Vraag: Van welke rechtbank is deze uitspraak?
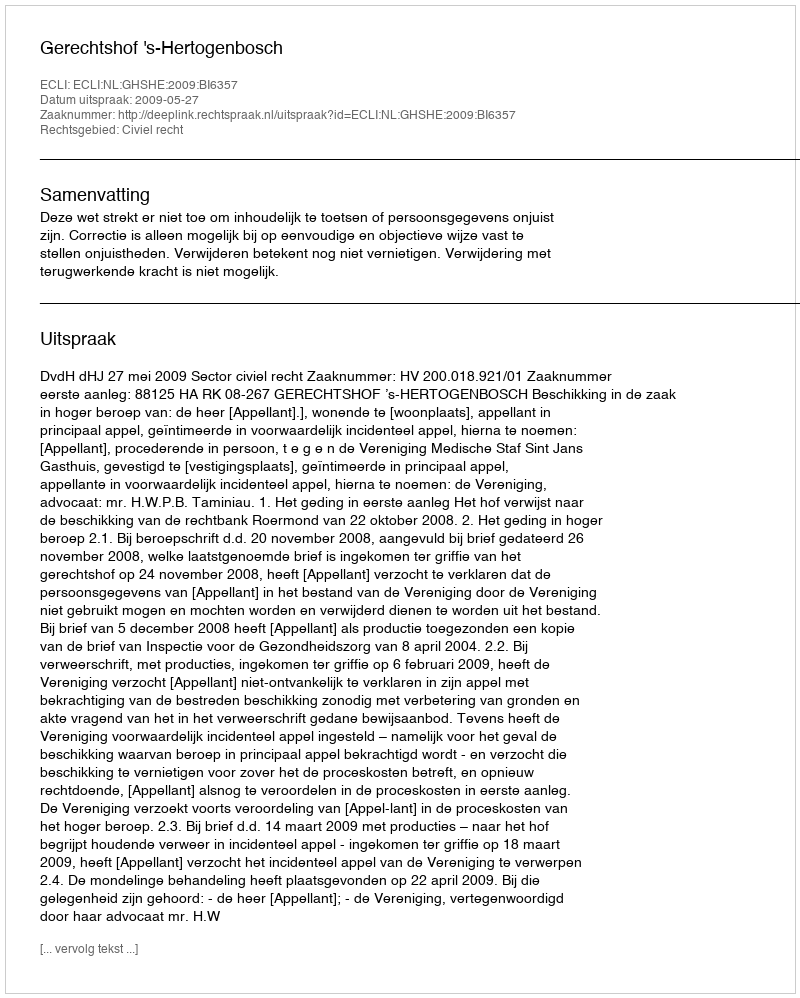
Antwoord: Gerechtshof 's-Hertogenbosch